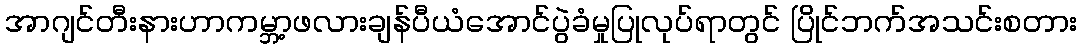
အာဂျင်တီးနားဟာကမ္ဘာ့ဖလားချန်ပီယံအောင်ပွဲခံမှုပြုလုပ်ရာတွင် ပြိုင်ဘက်အသင်းစတား